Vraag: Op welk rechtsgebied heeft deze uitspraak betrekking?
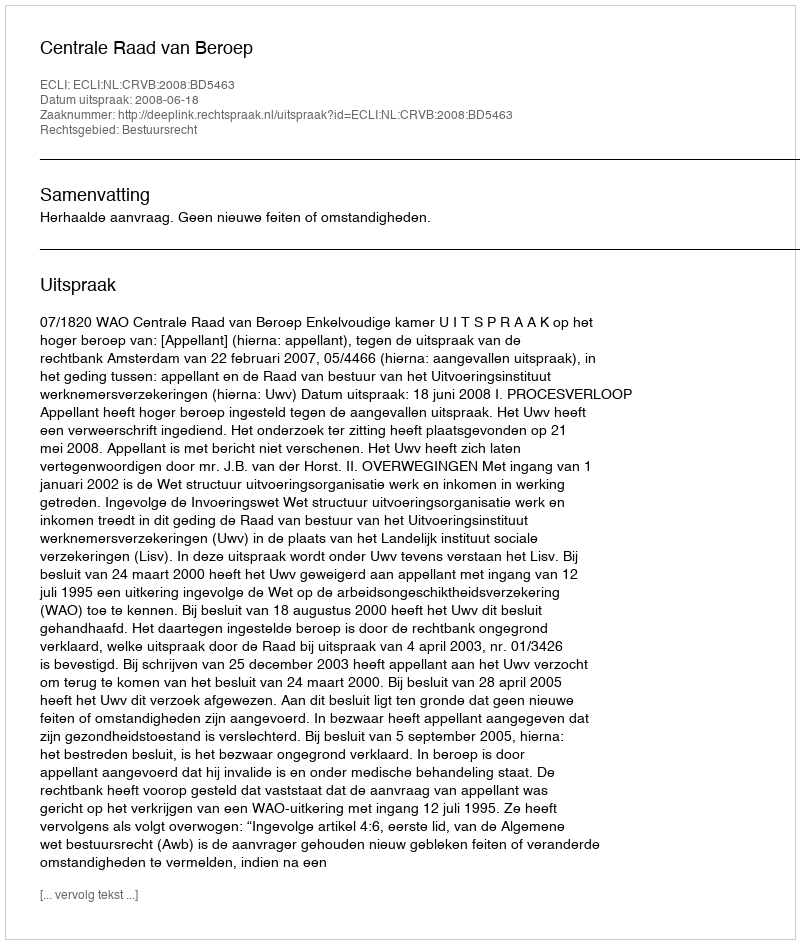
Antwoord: Bestuursrecht